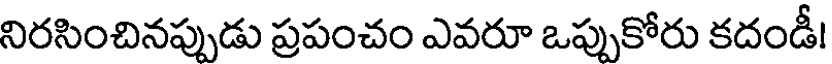
నిరసించినప్పుడు ప్రపంచం ఎవరూ ఒప్పుకోరు కదండీ!